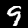
Label: 9